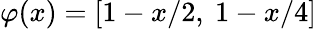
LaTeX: \varphi(x)=[1-x/2,~1-x/4]